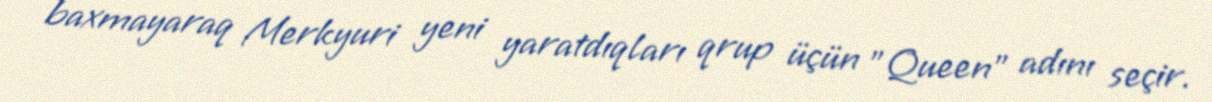
baxmayaraq Merkyuri yeni yaratdıqları qrup üçün "Queen" adını seçir.